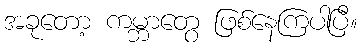
အခုတော့ ကမ္ဘာတွေ ဖြစ်နေကြပါပြီ။